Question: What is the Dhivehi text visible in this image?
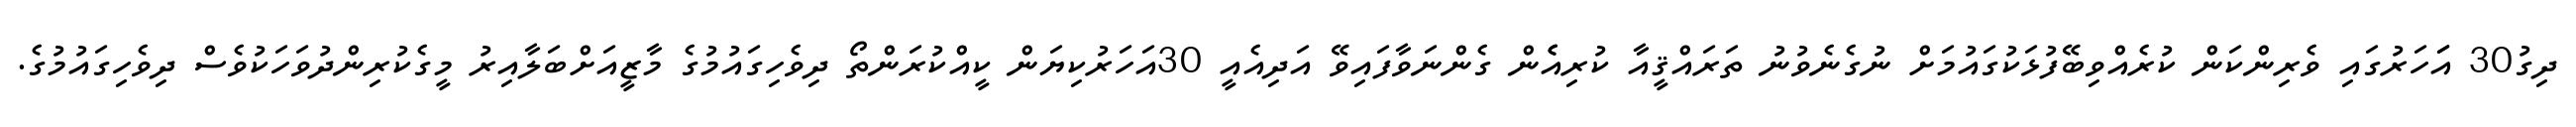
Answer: ދިގު30 އަަހަރުގައި ވެރިންކަން ކުރެއްވިބޭފުޅަކުގައުމަށް ނުގެނެވުނު ތަރައްޤީއާ ކުރިއެެން ގެންނަވާފައިވޭ އަދިއެއީ 30އަހަރުކިޔަން ކީއްކުރަންތޯ ދިވެހިގައުމުގެ މާޒީއަށްބަލާއިރު މީގެކުރިންދުވަހަކުވެސް ދިވެހިގައުމުގެ.